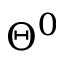
\Theta ^ { 0 }